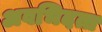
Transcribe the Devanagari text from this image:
अवभिदत्त